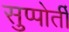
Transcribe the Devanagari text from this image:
सुप्पोर्तीं